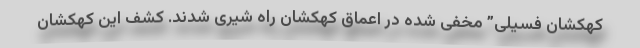
کهکشان فسیلی” مخفی شده در اعماق کهکشان راه شیری شدند. کشف این کهکشان